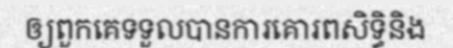
ឲ្យពួកគេទទួលបានការគោរពសិទ្ធិនិង